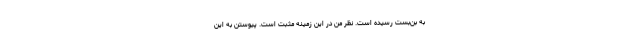
به بن‌بست رسیده است. نظر من در این زمینه مثبت است. پیوستن به این